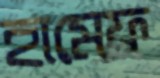
হামেফ্র